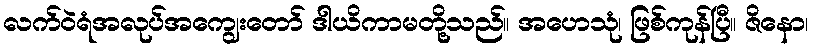
လက်ဝဲရံအလုပ်အကျွေးတော် ဒါယိကာမတို့သည်။ အဟေသုံ၊ ဖြစ်ကုန်ပြီ။ ဇိနော၊